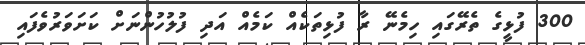
300 ފުޅީގެ ތެރޭގައި ހިމެނޭ ރާ ފުޅިތަކެއް ކަމެއް އަދި ފުލުހުންނަށް ކަށަވަރުވެފައި